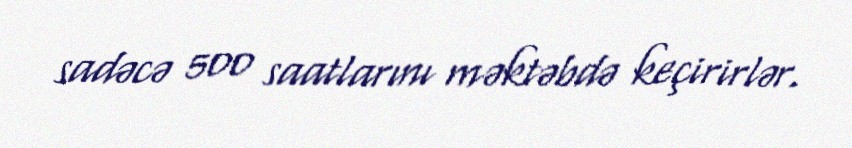
sadəcə 500 saatlarını məktəbdə keçirirlər.